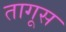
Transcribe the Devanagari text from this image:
तागूस